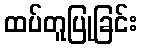
ထပ်တူပြုခြင်း